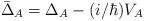
LaTeX: \begin{align*}\bar{\Delta}_A = \Delta_A - (i/\hbar) V_A\end{align*}